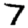
Digit: 7